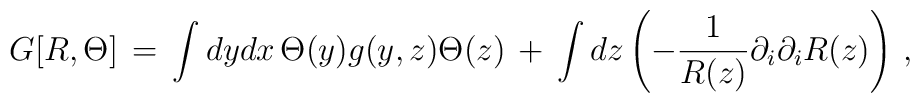
G[R, \Theta ]\, =\, \int dy dx\, \Theta(y) g(y,z) \Theta(z)\,+\, \int dz \left( - {1\over R(z)} \partial_i \partial_i R(z)\right)\, ,